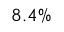
8 . 4 \%